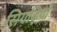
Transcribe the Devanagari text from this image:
सिगड़ियों